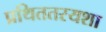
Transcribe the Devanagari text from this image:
प्रथिततरयशा